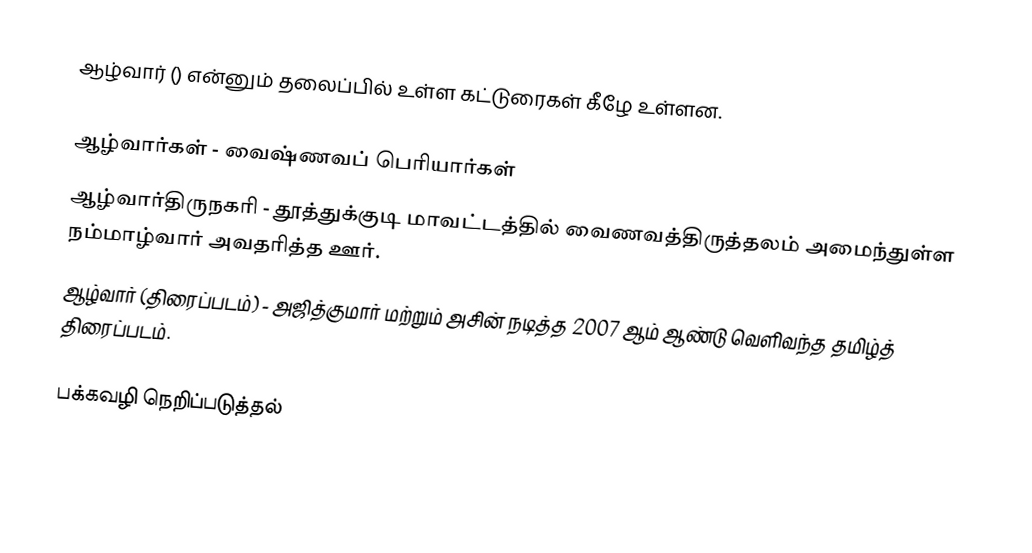
ஆழ்வார் () என்னும் தலைப்பில் உள்ள கட்டுரைகள் கீழே உள்ளன.

ஆழ்வார்கள் - வைஷ்ணவப் பெரியார்கள்
ஆழ்வார்திருநகரி - தூத்துக்குடி மாவட்டத்தில் வைணவத்திருத்தலம் அமைந்துள்ள நம்மாழ்வார் அவதரித்த ஊர்.
ஆழ்வார் (திரைப்படம்) - அஜித்குமார் மற்றும் அசின் நடித்த 2007 ஆம் ஆண்டு வெளிவந்த தமிழ்த் திரைப்படம்.

பக்கவழி நெறிப்படுத்தல்